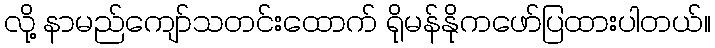
လို့ နာမည်ကျော်သတင်းထောက် ရိုမန်နိုကဖော်ပြထားပါတယ်။